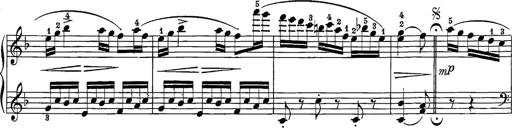
Title: 12 Sonatine per Pianoforte
Composer: Friedrich Kuhlau